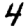
Digit: 4